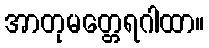
အာတုမတ္တေရဂါထာ။